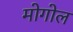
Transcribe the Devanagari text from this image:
मोगोल